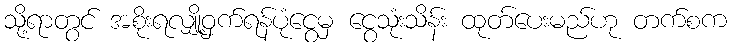
သို့ရာတွင် အစိုးရလျှို့ဝှက်ရန်ပုံငွေမှ ငွေသုံးသိန်း ထုတ်ပေးမည်ဟု တက်စက